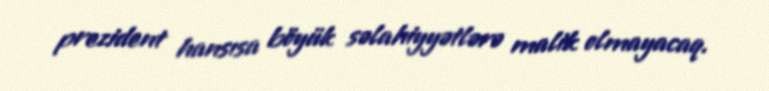
prezident hansısa böyük səlahiyyətlərə malik olmayacaq.